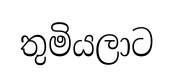
තුමියලාට